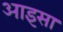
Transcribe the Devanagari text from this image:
आइसा